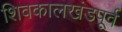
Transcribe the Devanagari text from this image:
शिवकालखंडपूर्व